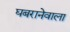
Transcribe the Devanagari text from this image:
घबरानेवाला